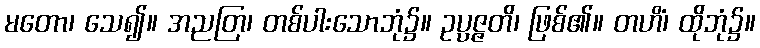
မတော၊ သေ၍။ အညတြ၊ တစ်ပါးသောဘုံ၌။ ဥပ္ပဇ္ဇတိ၊ ဖြစ်၏။ တဟိံ၊ ထိုဘုံ၌။